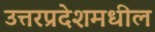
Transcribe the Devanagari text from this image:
उत्तरप्रदेशमधील